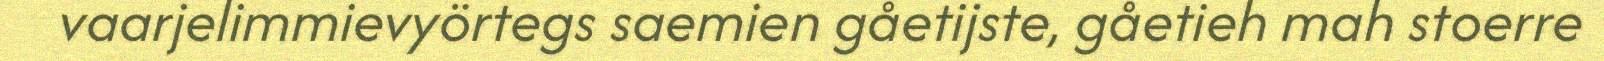
vaarjelimmievyörtegs saemien gåetijste, gåetieh mah stoerre